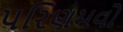
પરિણમવો